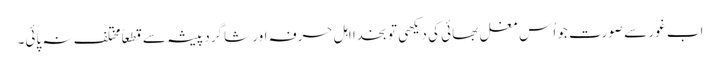
اب غور سے صورت جو اُس مغل بھائی کی دیکھی تو بخدا اہلِ حرفہ اور شاگرد پیشہ سے قطعاً مختلف نہ پائی۔